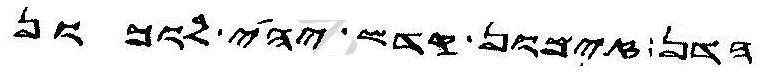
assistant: הדן זימון קדש יהי לוכון